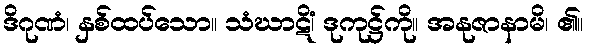
ဒိဂုဏံ၊ နှစ်ထပ်သော။ သံဃာဋိံ၊ ဒုကုဋ္ဌ်ကို။ အနုဇာနာမိ၊ ၏။